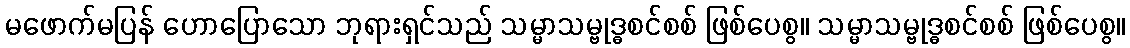
မဖောက်မပြန် ဟောပြောသော ဘုရားရှင်သည် သမ္မာသမ္ဗုဒ္ဓစင်စစ် ဖြစ်ပေစွ။ သမ္မာသမ္ဗုဒ္ဓစင်စစ် ဖြစ်ပေစွ။